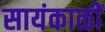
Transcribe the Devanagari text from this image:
सायंकाळीं